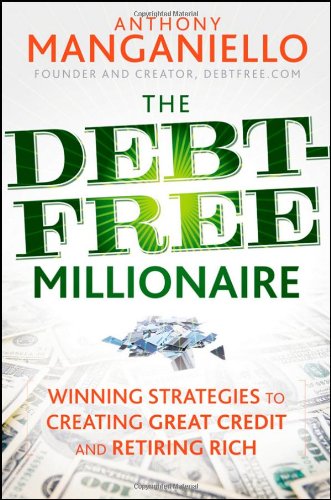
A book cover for The Debt-Free Millionaire: Winning Strategies to Creating Great Credit and Retiring Rich; Anthony Manganiello; Business & Money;